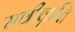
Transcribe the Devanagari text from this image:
सवीकृति